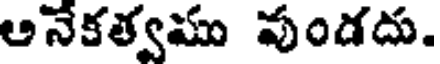
ఆనేకత్వము వుండదు.